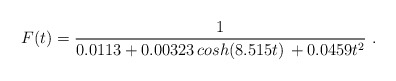
\begin{align*}F(t)=\frac{1}{0.0113 + 0.00323\, cosh(8.515 t)\, +0.0459 t^2} \ .\end{align*}